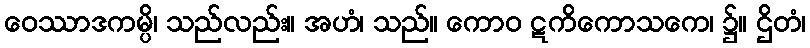
ဝေဿာဒကမ္ပိ၊ သည်လည်း။ အဟံ၊ သည်။ ကောဝ ဋကိကောသကေ၊ ၌။ ဌိတံ၊